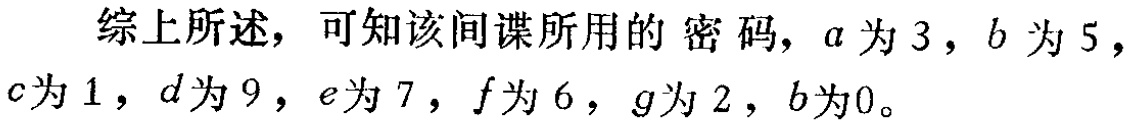
综上所述，可知该间谍所用的密码，\(a\)为\(3\)，\(b\)为\(5\)，\(c\)为\(1\)，\(d\)为\(9\)，\(e\)为\(7\)，\(f\)为\(6\)，\(g\)为\(2\)，\(b\)为\(0\)。